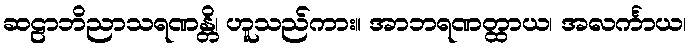
ဆဠာဘိညာသရဏန္တိ၊ ဟူသည်ကား။ အာဘရဏတ္ထာယ၊ အလင်္ကာယ၊